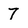
Character: 7